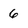
Character: 6